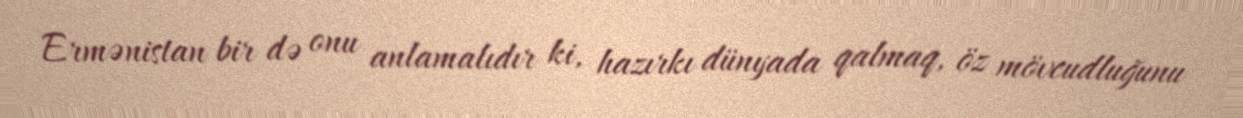
Ermənistan bir də onu anlamalıdır ki, hazırkı dünyada qalmaq, öz mövcudluğunu